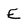
Character: E